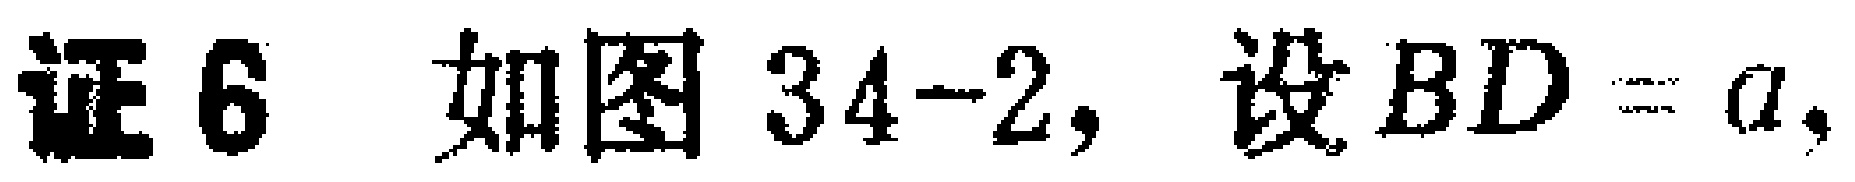
证6 如图34-2, 设 \(BD = a\),